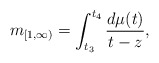
\begin{align*}m_{[1,\infty)}=\int_{t_3}^{t_4} \frac{d\mu(t)}{t-z} ,\end{align*}